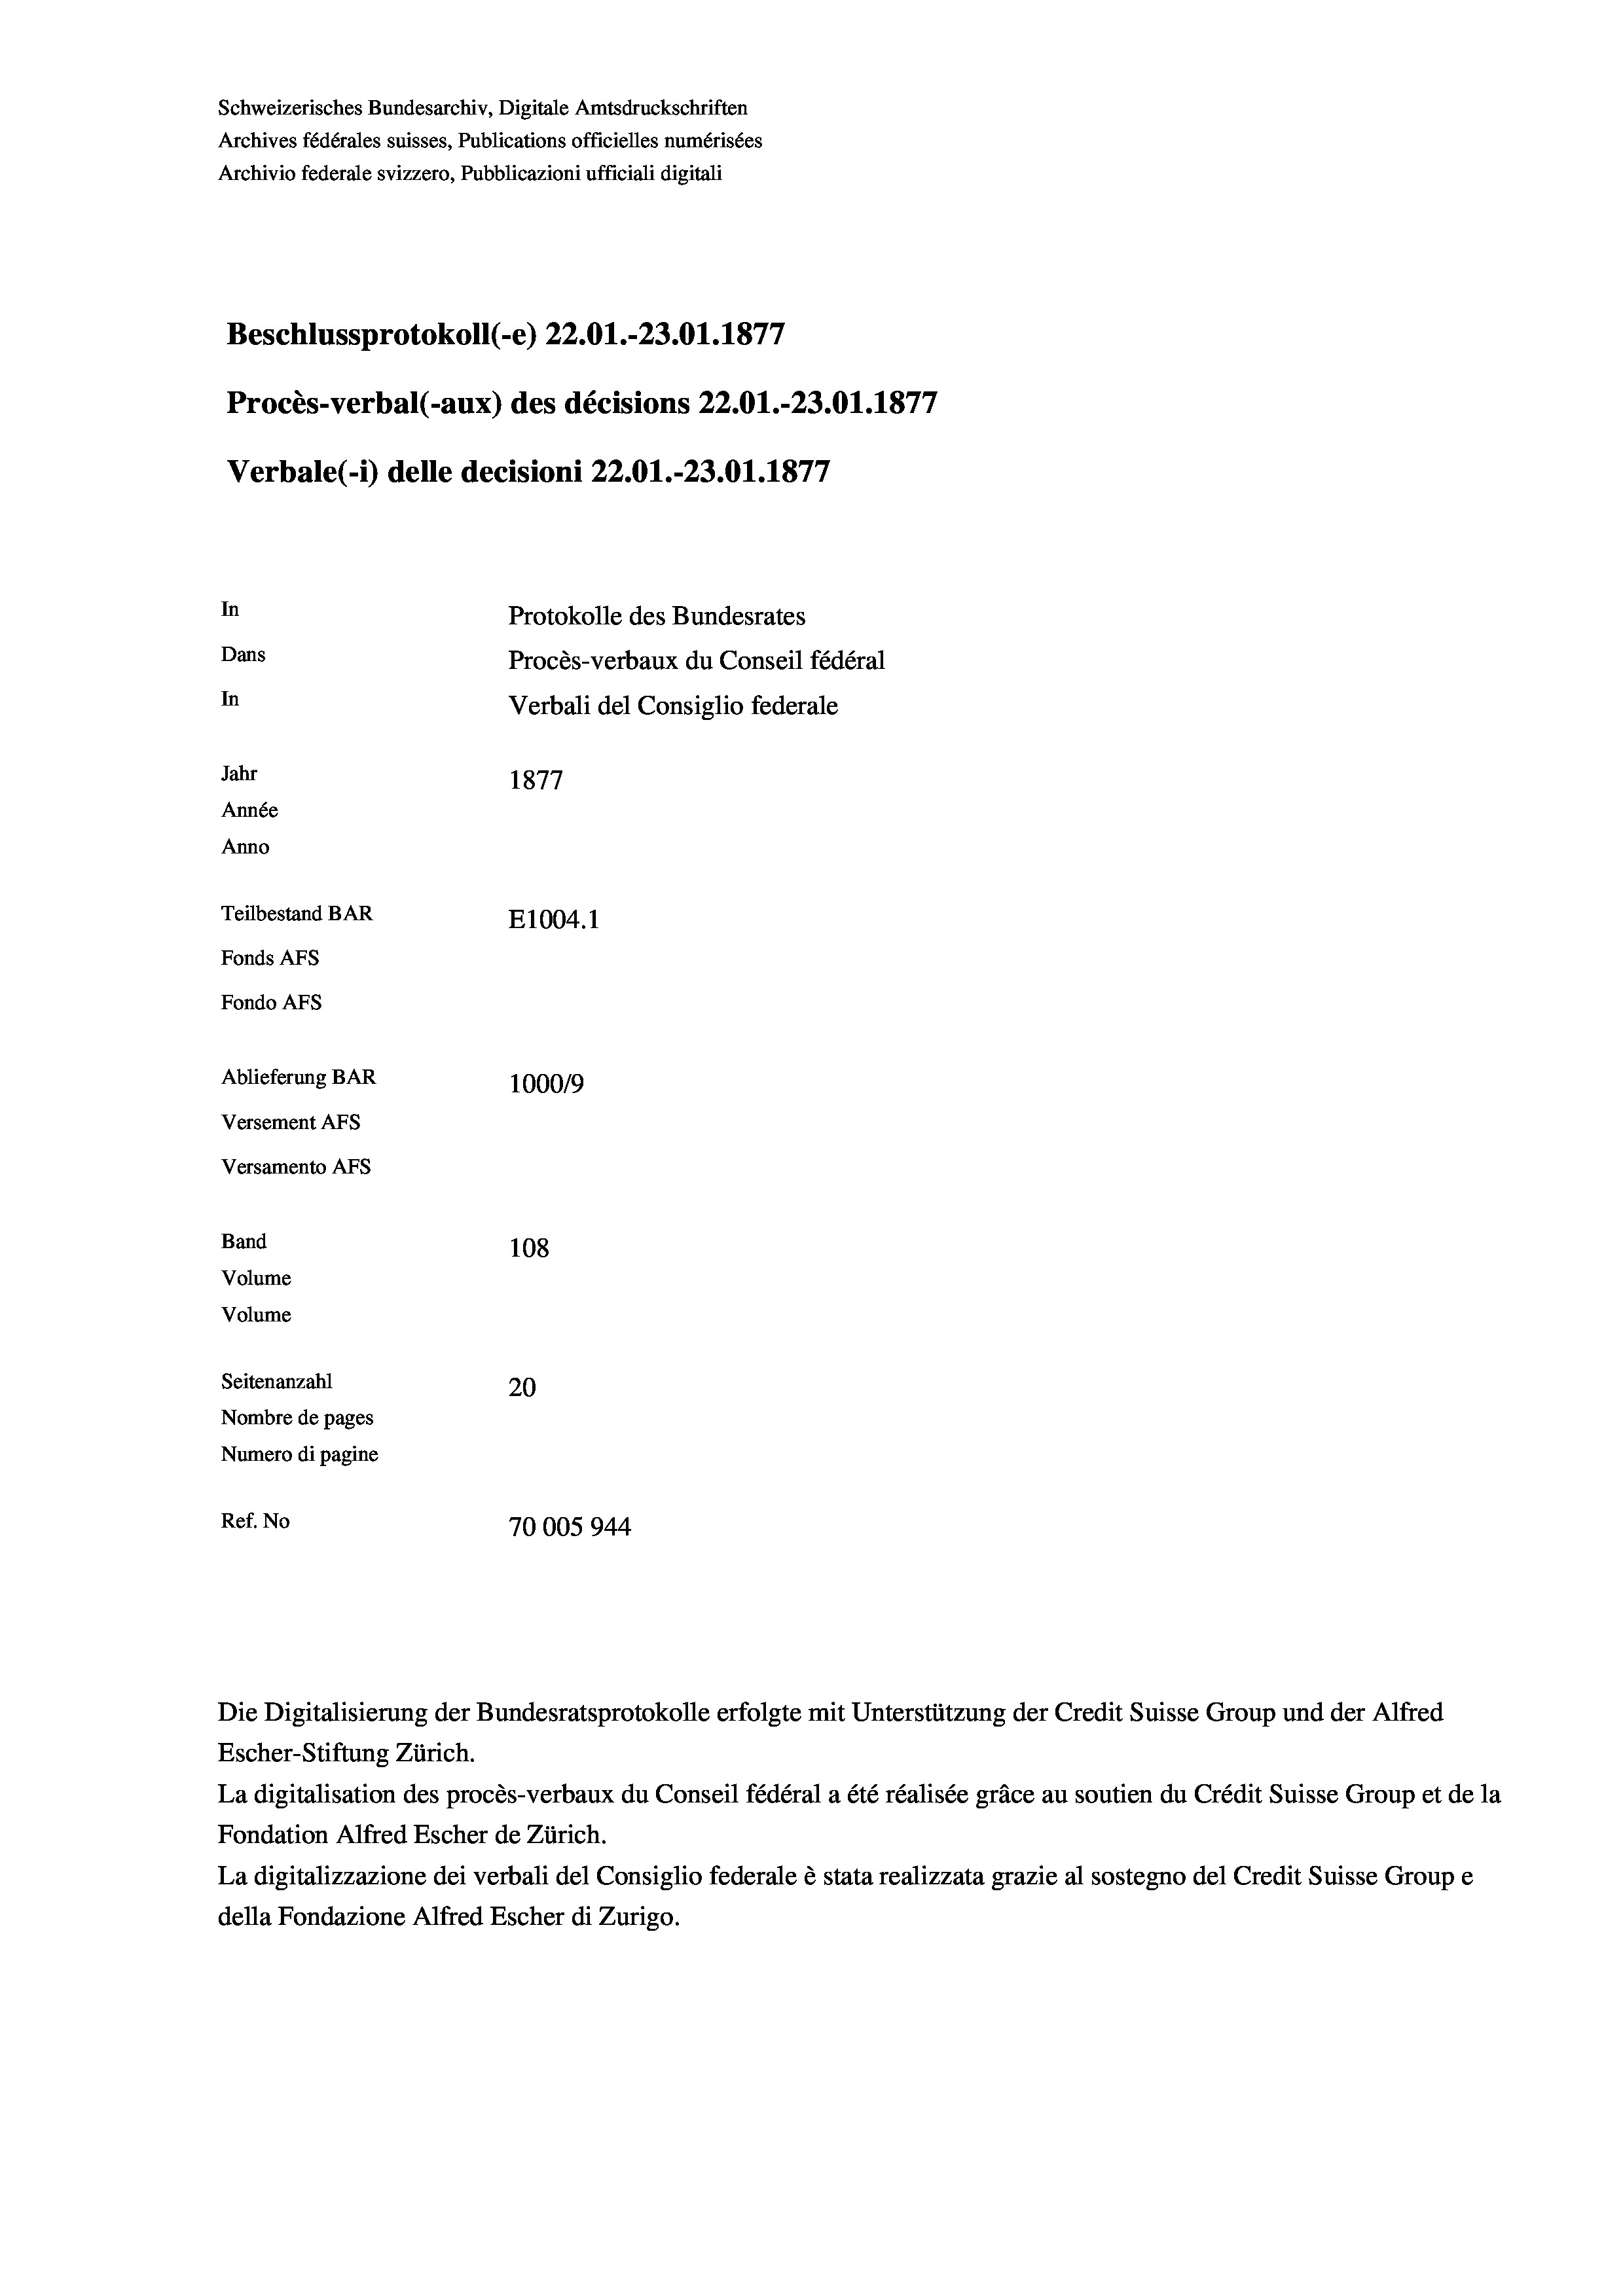
Schweizerisches Bundesarchiv, Digitale Amtsdruckschriften
Archives fédérales suisses, Publications officielles numérisées
Archivio federale svizzero, Pubblicazioni ufficiali digitali
Beschlussprotokoll (-e) 22.01.-23.01. 1877
Procès-verbal (-aux) des décisions 22.01.-23.01. 1877
Verbale(-*) delle decisioni 22.01.-23.01. 1877
In
Protokolle des Bundesrates
Dans
Procès-verbaux du Conseil fédéral
In
Verbali del Consiglio federale
Jahr
1877
Année
Anno
Teilbestand BAR
E1004. 1
Fonds AFs
Fondo AFs
Ablieferung BAR
100019
Versement AFs
Versamento Afs
Band
108
Volume

Volume
Seitenanzahl
20
Nombre de pages
Numero di pagine
Ref. No
70005944

Escher-Stiftung Zürich.
La digitalisation des procès-verbaux du Conseil fédéral a été réalisée gräce au soutien du Crédit Suisse Group et de la
Fondation Alfred Escher de Zürich.
La digitalizzazione dei verbali del Consiglio federale è stata realizzata grazie al sostegno del Credit Suisse Groupe
della Fondazione Alfred Escher di Zurigo.

Die Digitalisierung der Bundesratsprotokolle erfolgte mit Unterstützung der Credit Suisse Group und der Alfred